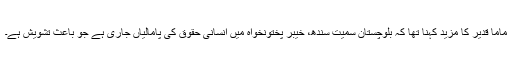
ماما قدیر کا مزید کہنا تھا کہ بلوچستان سمیت سندھ، خیبر پختونخواہ میں انسانی حقوق کی پامالیاں جاری ہے جو باعث تشویش ہے۔